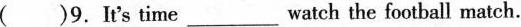
( )9.It's time___watch the football match.